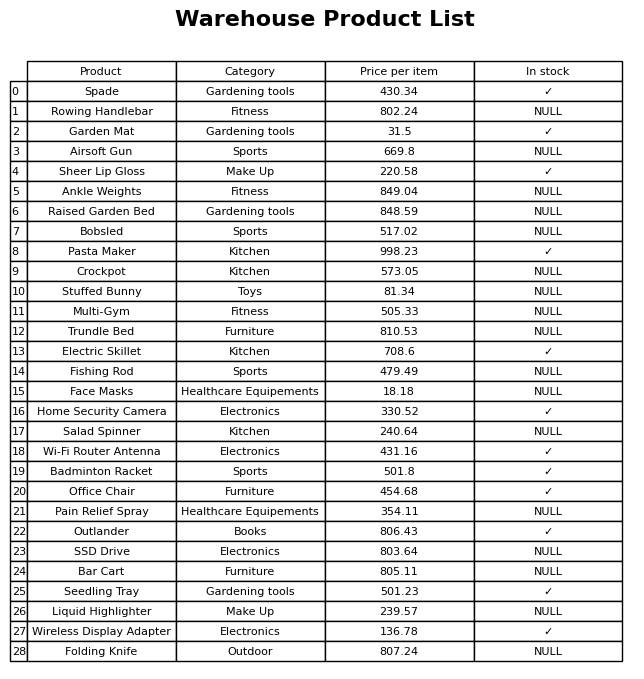
question: What is the price for Raised Garden Bed?
answer: The price of Raised Garden Bed is 848.59.